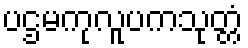
ပဌမကုလူပကသုတ္တံ